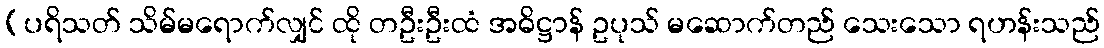
(ပရိသတ် သိမ်မရောက်လျှင် ထို တဦးဦးထံ အဓိဋ္ဌာန် ဥပုသ် မဆောက်တည် သေးသော ရဟန်းသည်